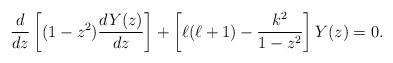
LaTeX: \begin{align*} \frac{d}{d z} \left[ (1-z^2) \frac{dY(z)}{dz}\right] + \left[ \ell(\ell+1) - \frac{k^2}{1-z^2}\right] Y(z)=0.\end{align*}